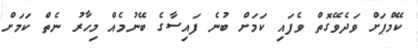
ކޭމްޕަށް ވަދެވޭގޮތް ވެފައި ކަމަށް ބުނެ ފައިސާގެ ބޭނުމެއް މިހާރު ނެތް ކަމަށް